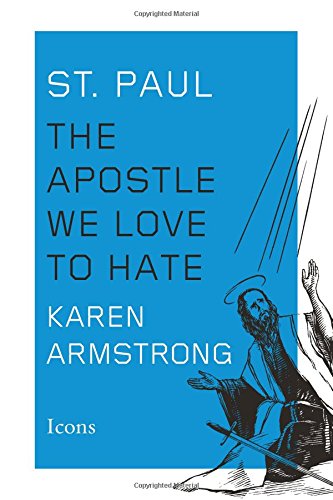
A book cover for St. Paul: The Apostle We Love to Hate (Icons); Karen Armstrong; Biographies & Memoirs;